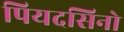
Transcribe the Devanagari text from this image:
पियदसिनो